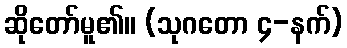
ဆိုတော်မူ၏။ (သုဂတော ၄-နက်)